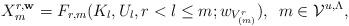
LaTeX: \begin{align*}X_m^{r, \mathbf{w}}=F_{r,m}(K_l , U_l , r < l \leq m ;w_{V^r_{(m)}}),\,\,\, m \in \mathcal {V}^{u, \Lambda} ,\end{align*}